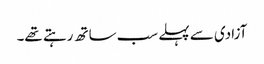
آزادی سے پہلے سب ساتھ رہتے تھے۔